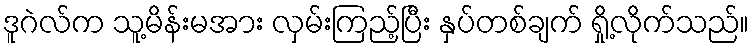
ဒူဂဲလ်က သူ့မိန်းမအား လှမ်းကြည့်ပြီး နှပ်တစ်ချက် ရှို့လိုက်သည်။